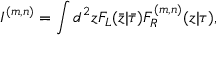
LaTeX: I ^ { ( m , n ) } = \int d ^ { 2 } z F _ { L } ( \bar { z } | \bar { \tau } ) F _ { R } ^ { ( m , n ) } ( z | \tau ) ,